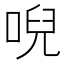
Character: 唲